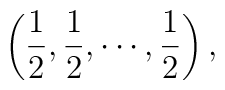
\left(\frac12,\frac12,\cdots,\frac12\right),